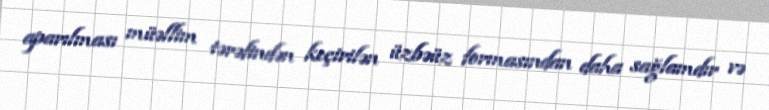
aparılması müəllim tərəfindən keçirilən üzbəüz formasından daha sağlamdır və